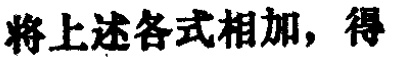
将上述各式相加，得